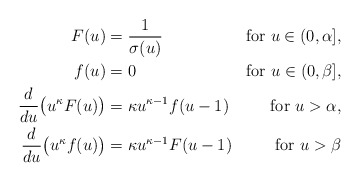
\begin{align*}\begin{aligned}F(u)&=\frac1{\sigma(u)}&\mbox{for }u\in(0,\alpha],\\f(u)&=0&\mbox{for }u\in(0,\beta],\\\frac{d}{du}\bigl(u^\kappa F(u)\bigr)&=\kappa u^{\kappa-1}f(u-1)&\mbox{for }u>\alpha,\\\frac{d}{du}\bigl(u^\kappa f(u)\bigr)&=\kappa u^{\kappa-1}F(u-1)&\mbox{for }u>\beta\end{aligned}\end{align*}